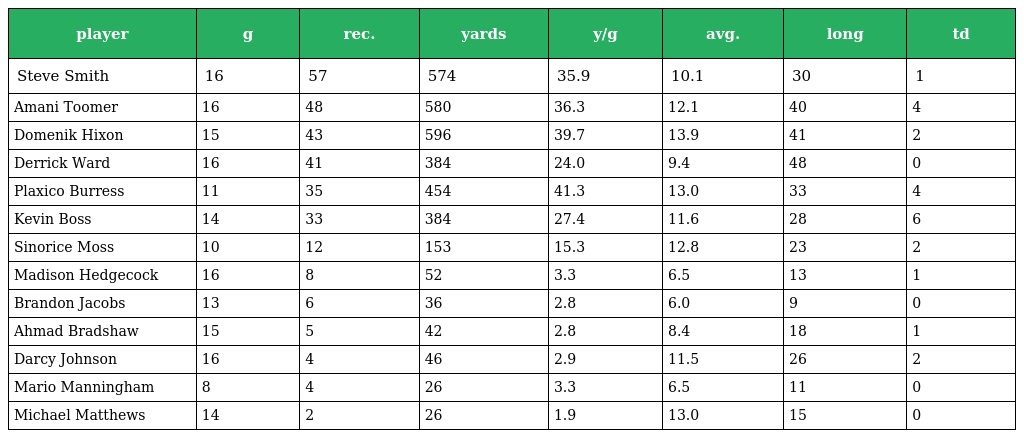
| player | g | rec. | yards | y/g | avg. | long | td |
 | --- | --- | --- | --- | --- | --- | --- | --- |
 | Steve Smith | 16 | 57 | 574 | 35.9 | 10.1 | 30 | 1 |
 | Amani Toomer | 16 | 48 | 580 | 36.3 | 12.1 | 40 | 4 |
 | Domenik Hixon | 15 | 43 | 596 | 39.7 | 13.9 | 41 | 2 |
 | Derrick Ward | 16 | 41 | 384 | 24.0 | 9.4 | 48 | 0 |
 | Plaxico Burress | 11 | 35 | 454 | 41.3 | 13.0 | 33 | 4 |
 | Kevin Boss | 14 | 33 | 384 | 27.4 | 11.6 | 28 | 6 |
 | Sinorice Moss | 10 | 12 | 153 | 15.3 | 12.8 | 23 | 2 |
 | Madison Hedgecock | 16 | 8 | 52 | 3.3 | 6.5 | 13 | 1 |
 | Brandon Jacobs | 13 | 6 | 36 | 2.8 | 6.0 | 9 | 0 |
 | Ahmad Bradshaw | 15 | 5 | 42 | 2.8 | 8.4 | 18 | 1 |
 | Darcy Johnson | 16 | 4 | 46 | 2.9 | 11.5 | 26 | 2 |
 | Mario Manningham | 8 | 4 | 26 | 3.3 | 6.5 | 11 | 0 |
 | Michael Matthews | 14 | 2 | 26 | 1.9 | 13.0 | 15 | 0 |